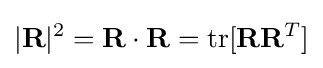
|\mathbf {R} |^{2}=\mathbf {R} \cdot \mathbf {R} =\operatorname {tr} [\mathbf {R} \mathbf {R} ^{T}]